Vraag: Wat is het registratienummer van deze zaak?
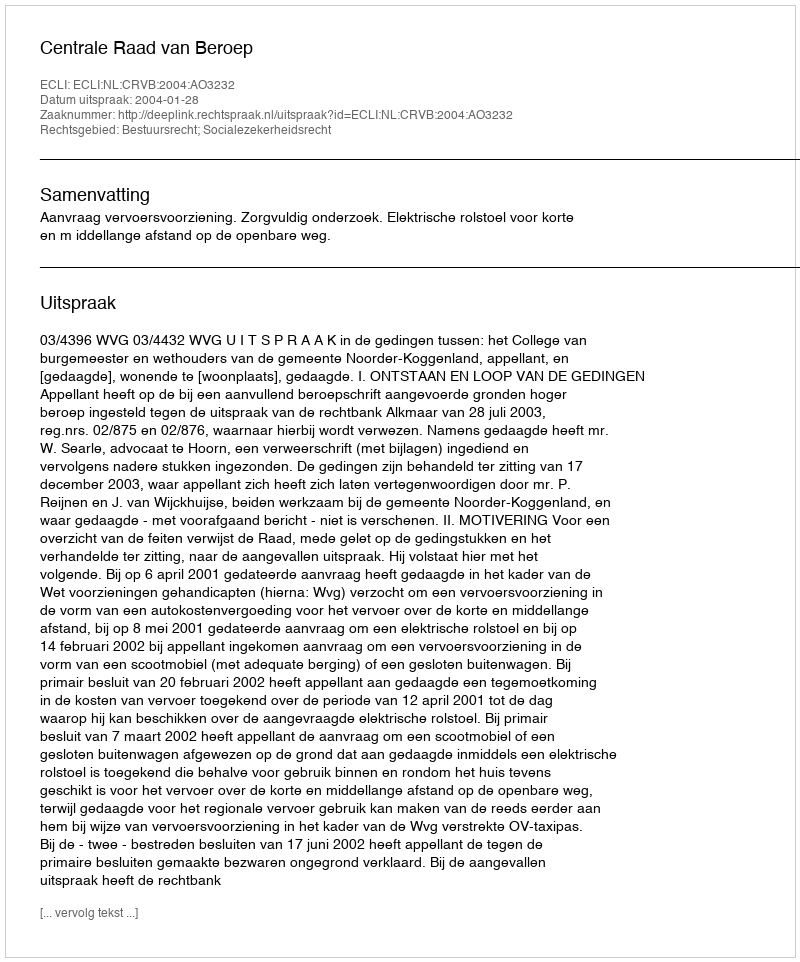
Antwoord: http://deeplink.rechtspraak.nl/uitspraak?id=ECLI:NL:CRVB:2004:AO3232